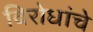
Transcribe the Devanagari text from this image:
विरोधांचे